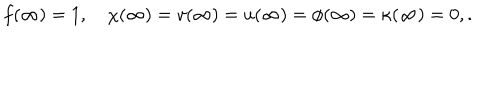
f ( \infty ) = 1 , \quad \chi ( \infty ) = v ( \infty ) = u ( \infty ) = \phi ( \infty ) = \kappa ( \infty ) = 0 , .